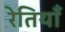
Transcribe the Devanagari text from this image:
रेतियाँ